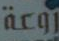
روعة